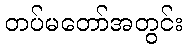
တပ်မတော်အတွင်း